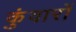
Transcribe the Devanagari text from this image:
कुंवारों